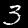
Digit: 3